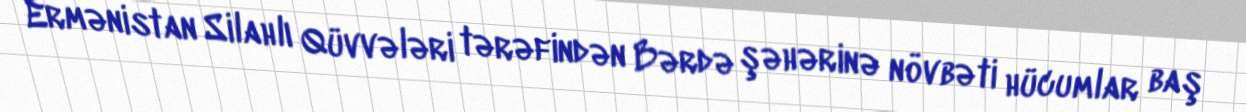
Ermənistan Silahlı Qüvvələri tərəfindən Bərdə şəhərinə növbəti hücumlar baş